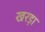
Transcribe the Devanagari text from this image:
खरड़ा